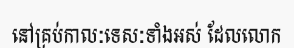
នៅគ្រប់កាលៈទេសៈទាំងអស់ ដែលលោក